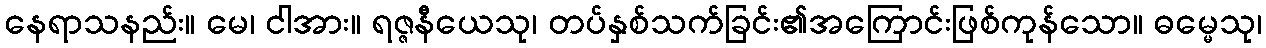
နေရာသနည်း။ မေ၊ ငါအား။ ရဇ္ဇနီယေသု၊ တပ်နှစ်သက်ခြင်း၏အကြောင်းဖြစ်ကုန်သော။ ဓမ္မေသု၊